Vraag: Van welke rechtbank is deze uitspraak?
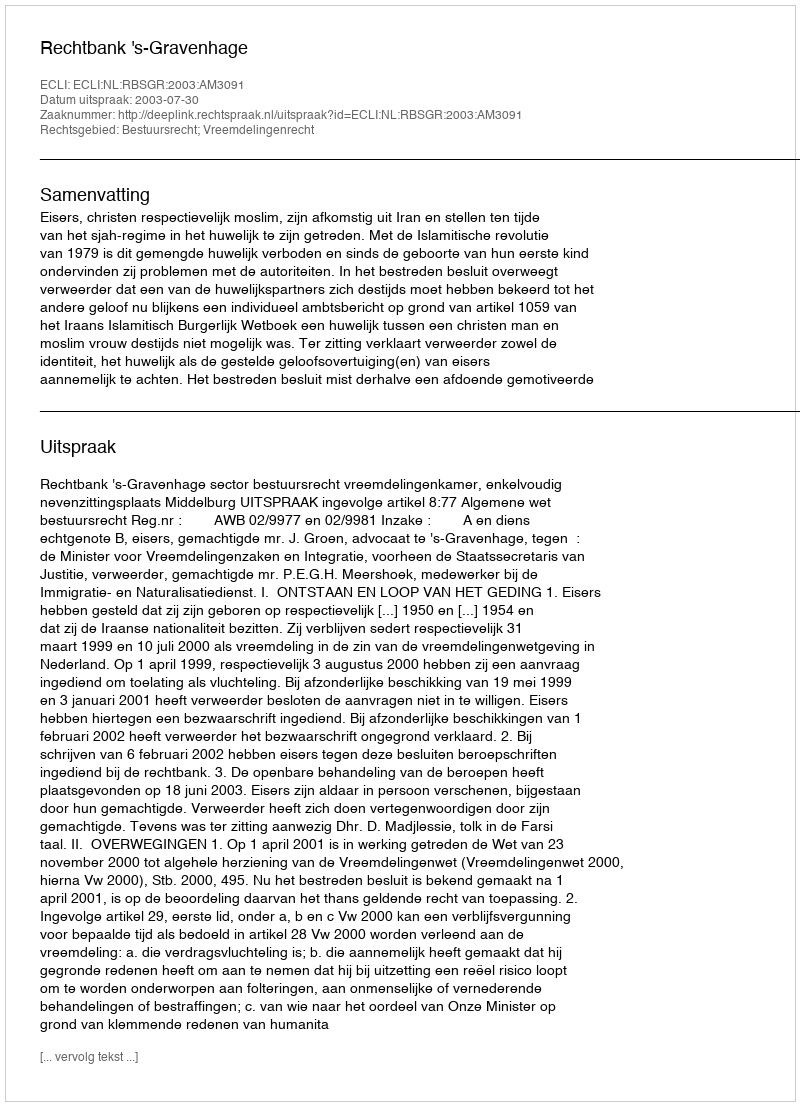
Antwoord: Rechtbank 's-Gravenhage